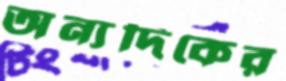
অন্যদিকের